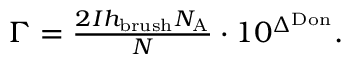
\begin{array} { r } { \Gamma = \frac { 2 I h _ { \mathrm { b r u s h } } N _ { \mathrm { A } } } { N } \cdot 1 0 ^ { \Delta ^ { \mathrm { D o n } } } . } \end{array}